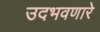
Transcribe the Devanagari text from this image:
उदभवणारे